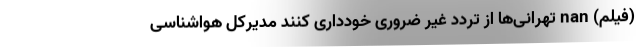
(فیلم) nan تهرانی‌ها از تردد غیر ضروری خودداری کنند مدیرکل هواشناسی